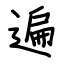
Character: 遍